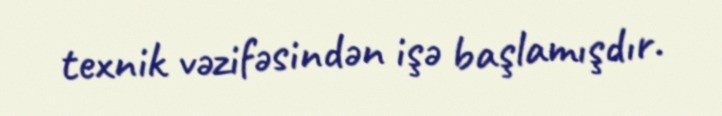
texnik vəzifəsindən işə başlamışdır.